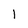
Character: 1